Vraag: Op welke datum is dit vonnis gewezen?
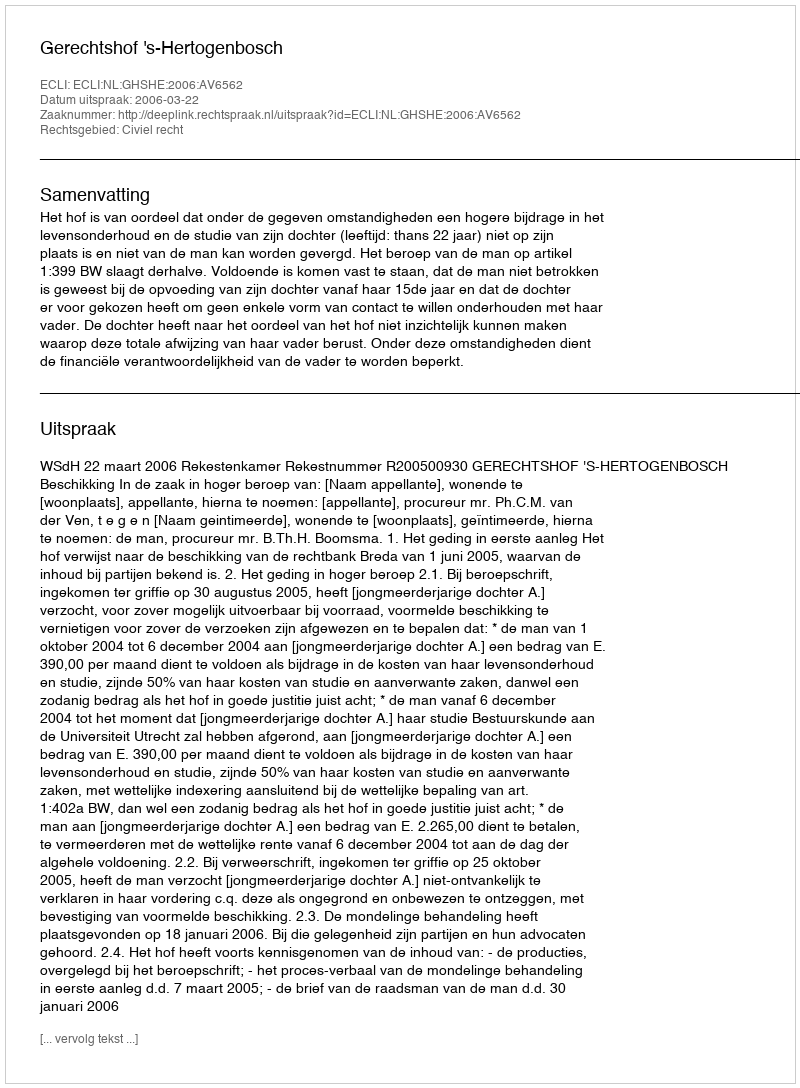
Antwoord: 2006-03-22